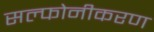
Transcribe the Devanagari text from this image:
सल्फोनीकरण